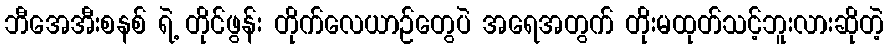
ဘီအေအီးစနစ် ရဲ့ တိုင်ဖွန်း တိုက်လေယာဉ်တွေပဲ အရေအတွက် တိုးမထုတ်သင့်ဘူးလားဆိုတဲ့